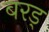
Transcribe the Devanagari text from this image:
बरड्